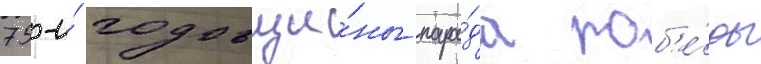
75-и́ годовщи́ны пара́да поб'е́ды